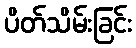
ပိတ်သိမ်းခြင်း